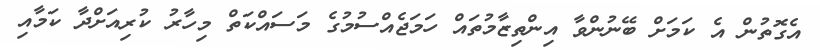
އެގޮތުން އެ ކަމަށް ބޭނުންވާ އިންތިޒާމުތައް ހަމަޖެއްސުމުގެ މަސައްކަތް މިހާރު ކުރިއަށްދާ ކަމާއި